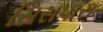
સિસપારા